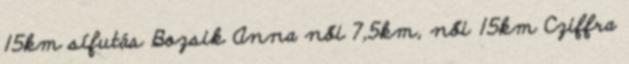
15km sífutás Bozsik Anna női 7,5km, női 15km Cziffra